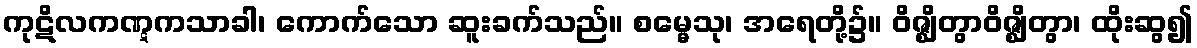
ကုဋိလကဏ္ဋကသာခါ၊ ကောက်သော ဆူးခက်သည်။ စမ္မေသု၊ အရေတို့၌။ ဝိဇ္ဈိတွာဝိဇ္ဈိတွာ၊ ထိုးဆွ၍